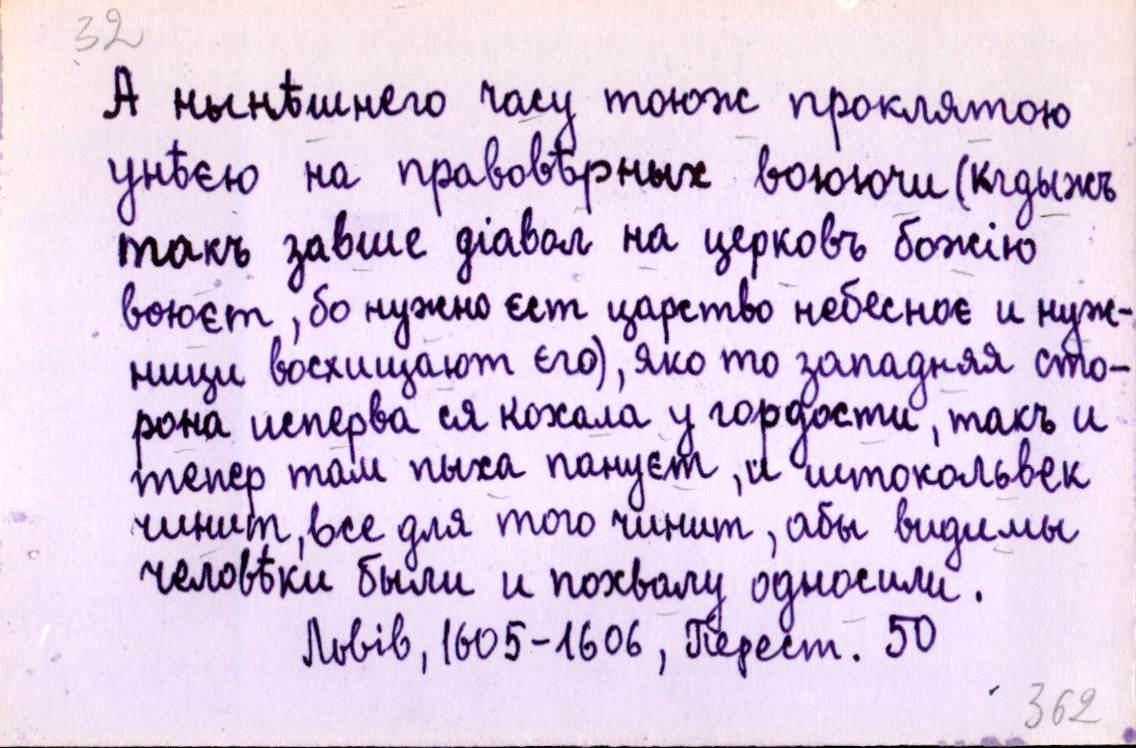
А нынѣшнего часу тоюж проклятою
унѣєю на правовѣрных воюючи (кгдыжъ
такъ завше діавол на церковъ божію
воюєт, бо нужно єст царство небесноє и нуж-
ници восхищают єго), яко то западняя сто-
рона исперва ся кохала у гордости, такъ и
тепер там пыха пануєт, и штокольвек
чинит, все для того чинит, абы видимы
человѣки были и похвалу односили.
Львів, 1605-1606, Перест. 50